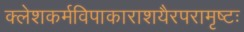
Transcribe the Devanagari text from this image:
क्लेशकर्मविपाकाराशयैरपरामृष्टः